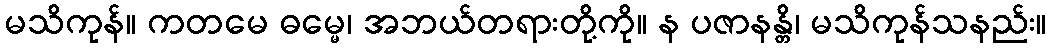
မသိကုန်။ ကတမေ ဓမ္မေ၊ အဘယ်တရားတို့ကို။ န ပဇာနန္တိ၊ မသိကုန်သနည်း။